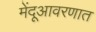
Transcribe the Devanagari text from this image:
मेंदूआवरणात